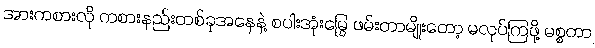
အားကစားလို ကစားနည်းတစ်ခုအနေနဲ့ စပါးအုံးမြွေ ဖမ်းတာမျိုးတော့ မလုပ်ကြဖို့ မစ္စတာ